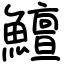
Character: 鱣